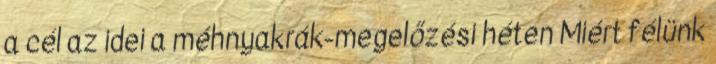
a cél az idei a méhnyakrák-megelőzési héten Miért félünk